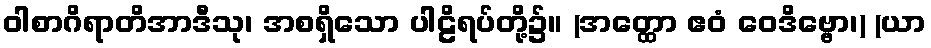
ဝါစာဂိရာတိအာဒီသု၊ အစရှိသော ပါဠိရပ်တို့၌။ (အတ္ထော ဧဝံ ဝေဒိဗ္ဗော၊) (ယာ